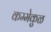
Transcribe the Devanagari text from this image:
कम्मेकुळ